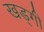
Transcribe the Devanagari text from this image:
खड्गी